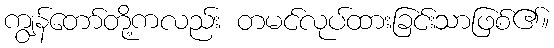
ကျွန်တော်တို့ကလည်း တမင်လုပ်ထားခြင်းသာဖြစ်၏။